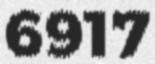
6917